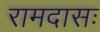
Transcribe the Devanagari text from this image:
रामदासः